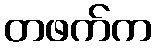
တဖက်က